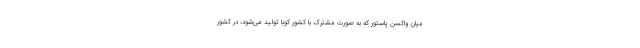
میان واکسن پاستور که به صورت مشترک با کشور کوبا تولید می‌شود، در کشور